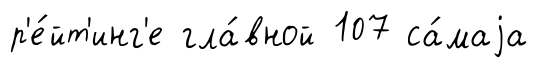
р'е́йт'инг'е гла́вной 107 са́маjа